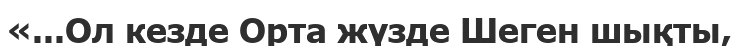
«...Ол кезде Орта жүзде Шеген шықты,